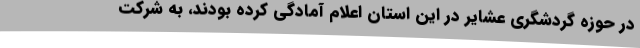
در حوزه گردشگری عشایر در این استان اعلام آمادگی کرده بودند، به شرکت